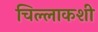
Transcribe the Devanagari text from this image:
चिल्लाकशी